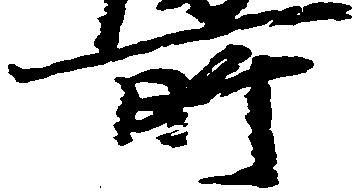
所